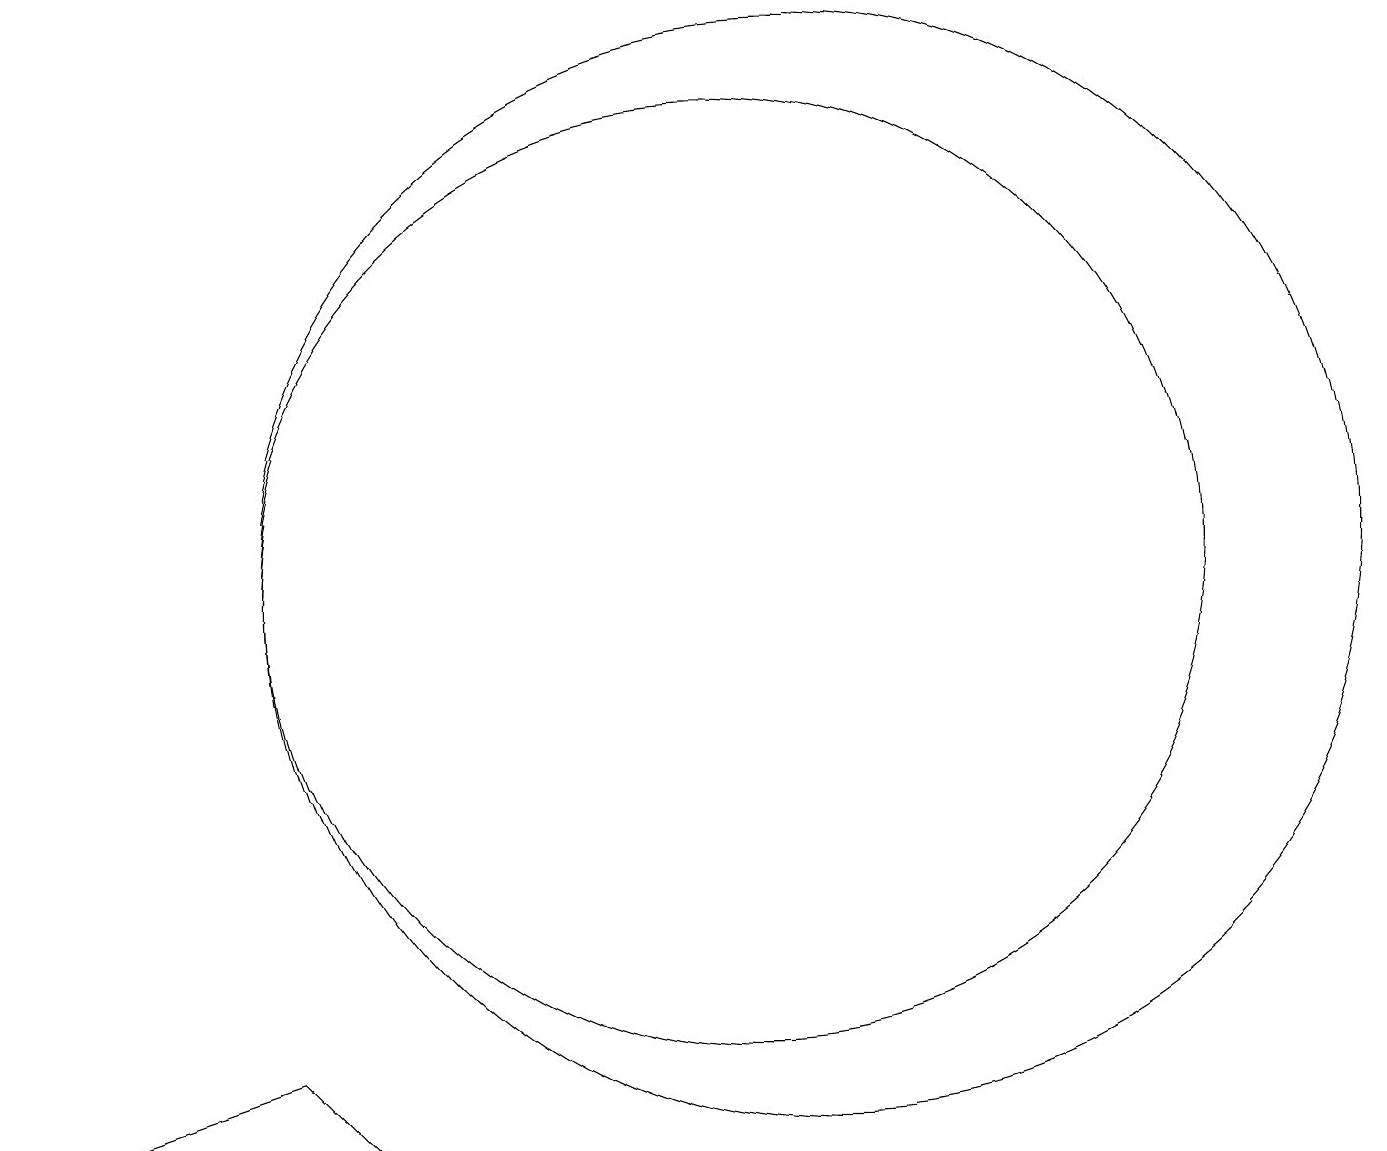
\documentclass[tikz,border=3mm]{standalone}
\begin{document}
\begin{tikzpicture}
\draw (11,10) circle (7);
\draw (10,10) circle (6);
\draw (1,3) -- (5,3) -- (4,4) -- cycle;
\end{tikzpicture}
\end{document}